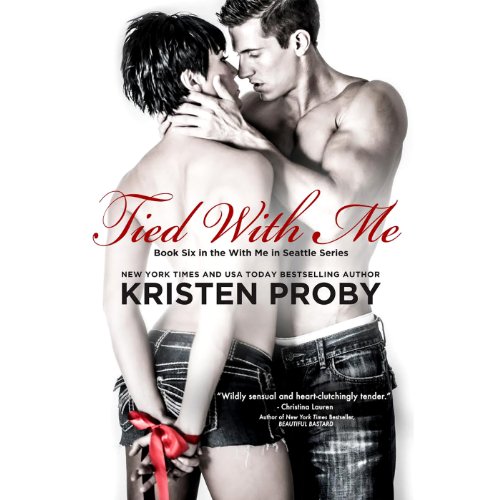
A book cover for Tied with Me: With Me in Seattle, Book 6; Kristen Proby; Romance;